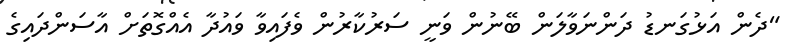
"ދެން އަޅުގަނޑު ދަންނަވާލަން ބޭނުން ވަނީ ސަރުކާރުން ވެފައިވާ ވައުދާ އެއްގޮތަށް އާސަންދައިގެ